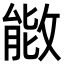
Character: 𫿌